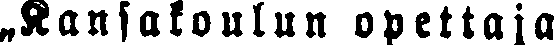
„Kansakoulun opettaja